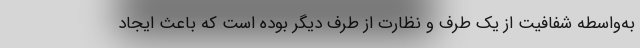
به‌واسطه شفافیت از یک طرف و نظارت از طرف دیگر بوده است که باعث ایجاد